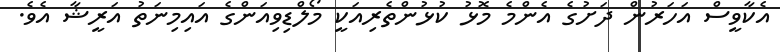
އެކާވީސް އަހަރުން ދަށުގެ އެންމެ މޮޅު ކުޅުންތެރިއަކީ މޯލްޑިވިއަންގެ އައިމިނަތު އަރީޝާ އެވެ.